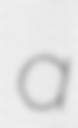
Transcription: a